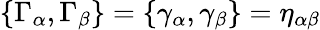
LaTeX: \{ \Gamma_{\alpha},\Gamma_{\beta}\} =\{ \gamma_{\alpha},\gamma_{\beta}\} =\eta_{\alpha\beta}